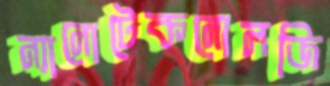
ন্যানোটেকনোলজি